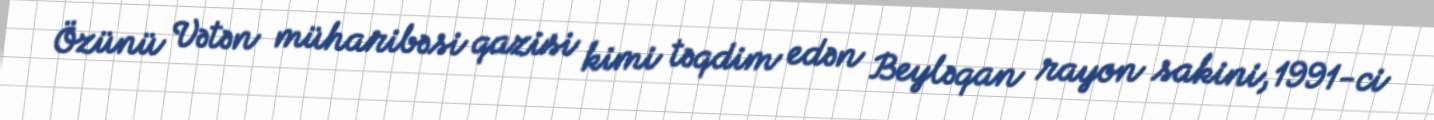
Özünü Vətən müharibəsi qazisi kimi təqdim edən Beyləqan rayon sakini, 1991-ci